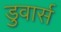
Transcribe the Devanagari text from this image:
डुवार्स